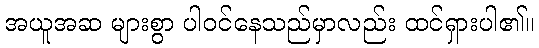
အယူအဆ များစွာ ပါဝင်နေသည်မှာလည်း ထင်ရှားပါ၏။